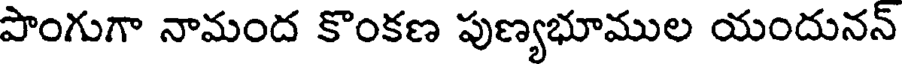
పొంగుగా నామంద కొంకణ పుణ్యభూముల యందునన్